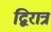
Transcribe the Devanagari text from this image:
द्विरात्रं